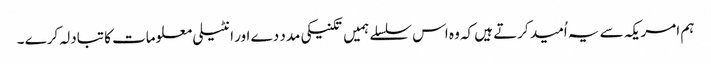
ہم امریکہ سے یہ اُمید کرتے ہیں کہ وہ اس سلسلے ہمیں تکنیکی مدد دے اور انٹیلی معلومات کا تبادلہ کرے ۔